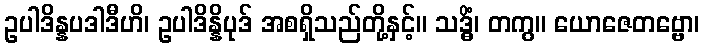
ဥပါဒိန္နပဒါဒီဟိ၊ ဥပါဒိန္နိပုဒ် အစရှိသည်တို့နှင့်။ သဒ္ဓိံ၊ တကွ။ ယောဇေတဗ္ဗော၊